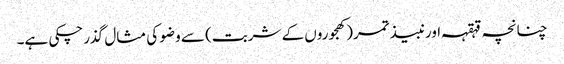
چنانچہ قہقہہ اورنبیذ تمر(کھجوروں کے شربت) سے وضو کی مثال گذرچکی ہے۔